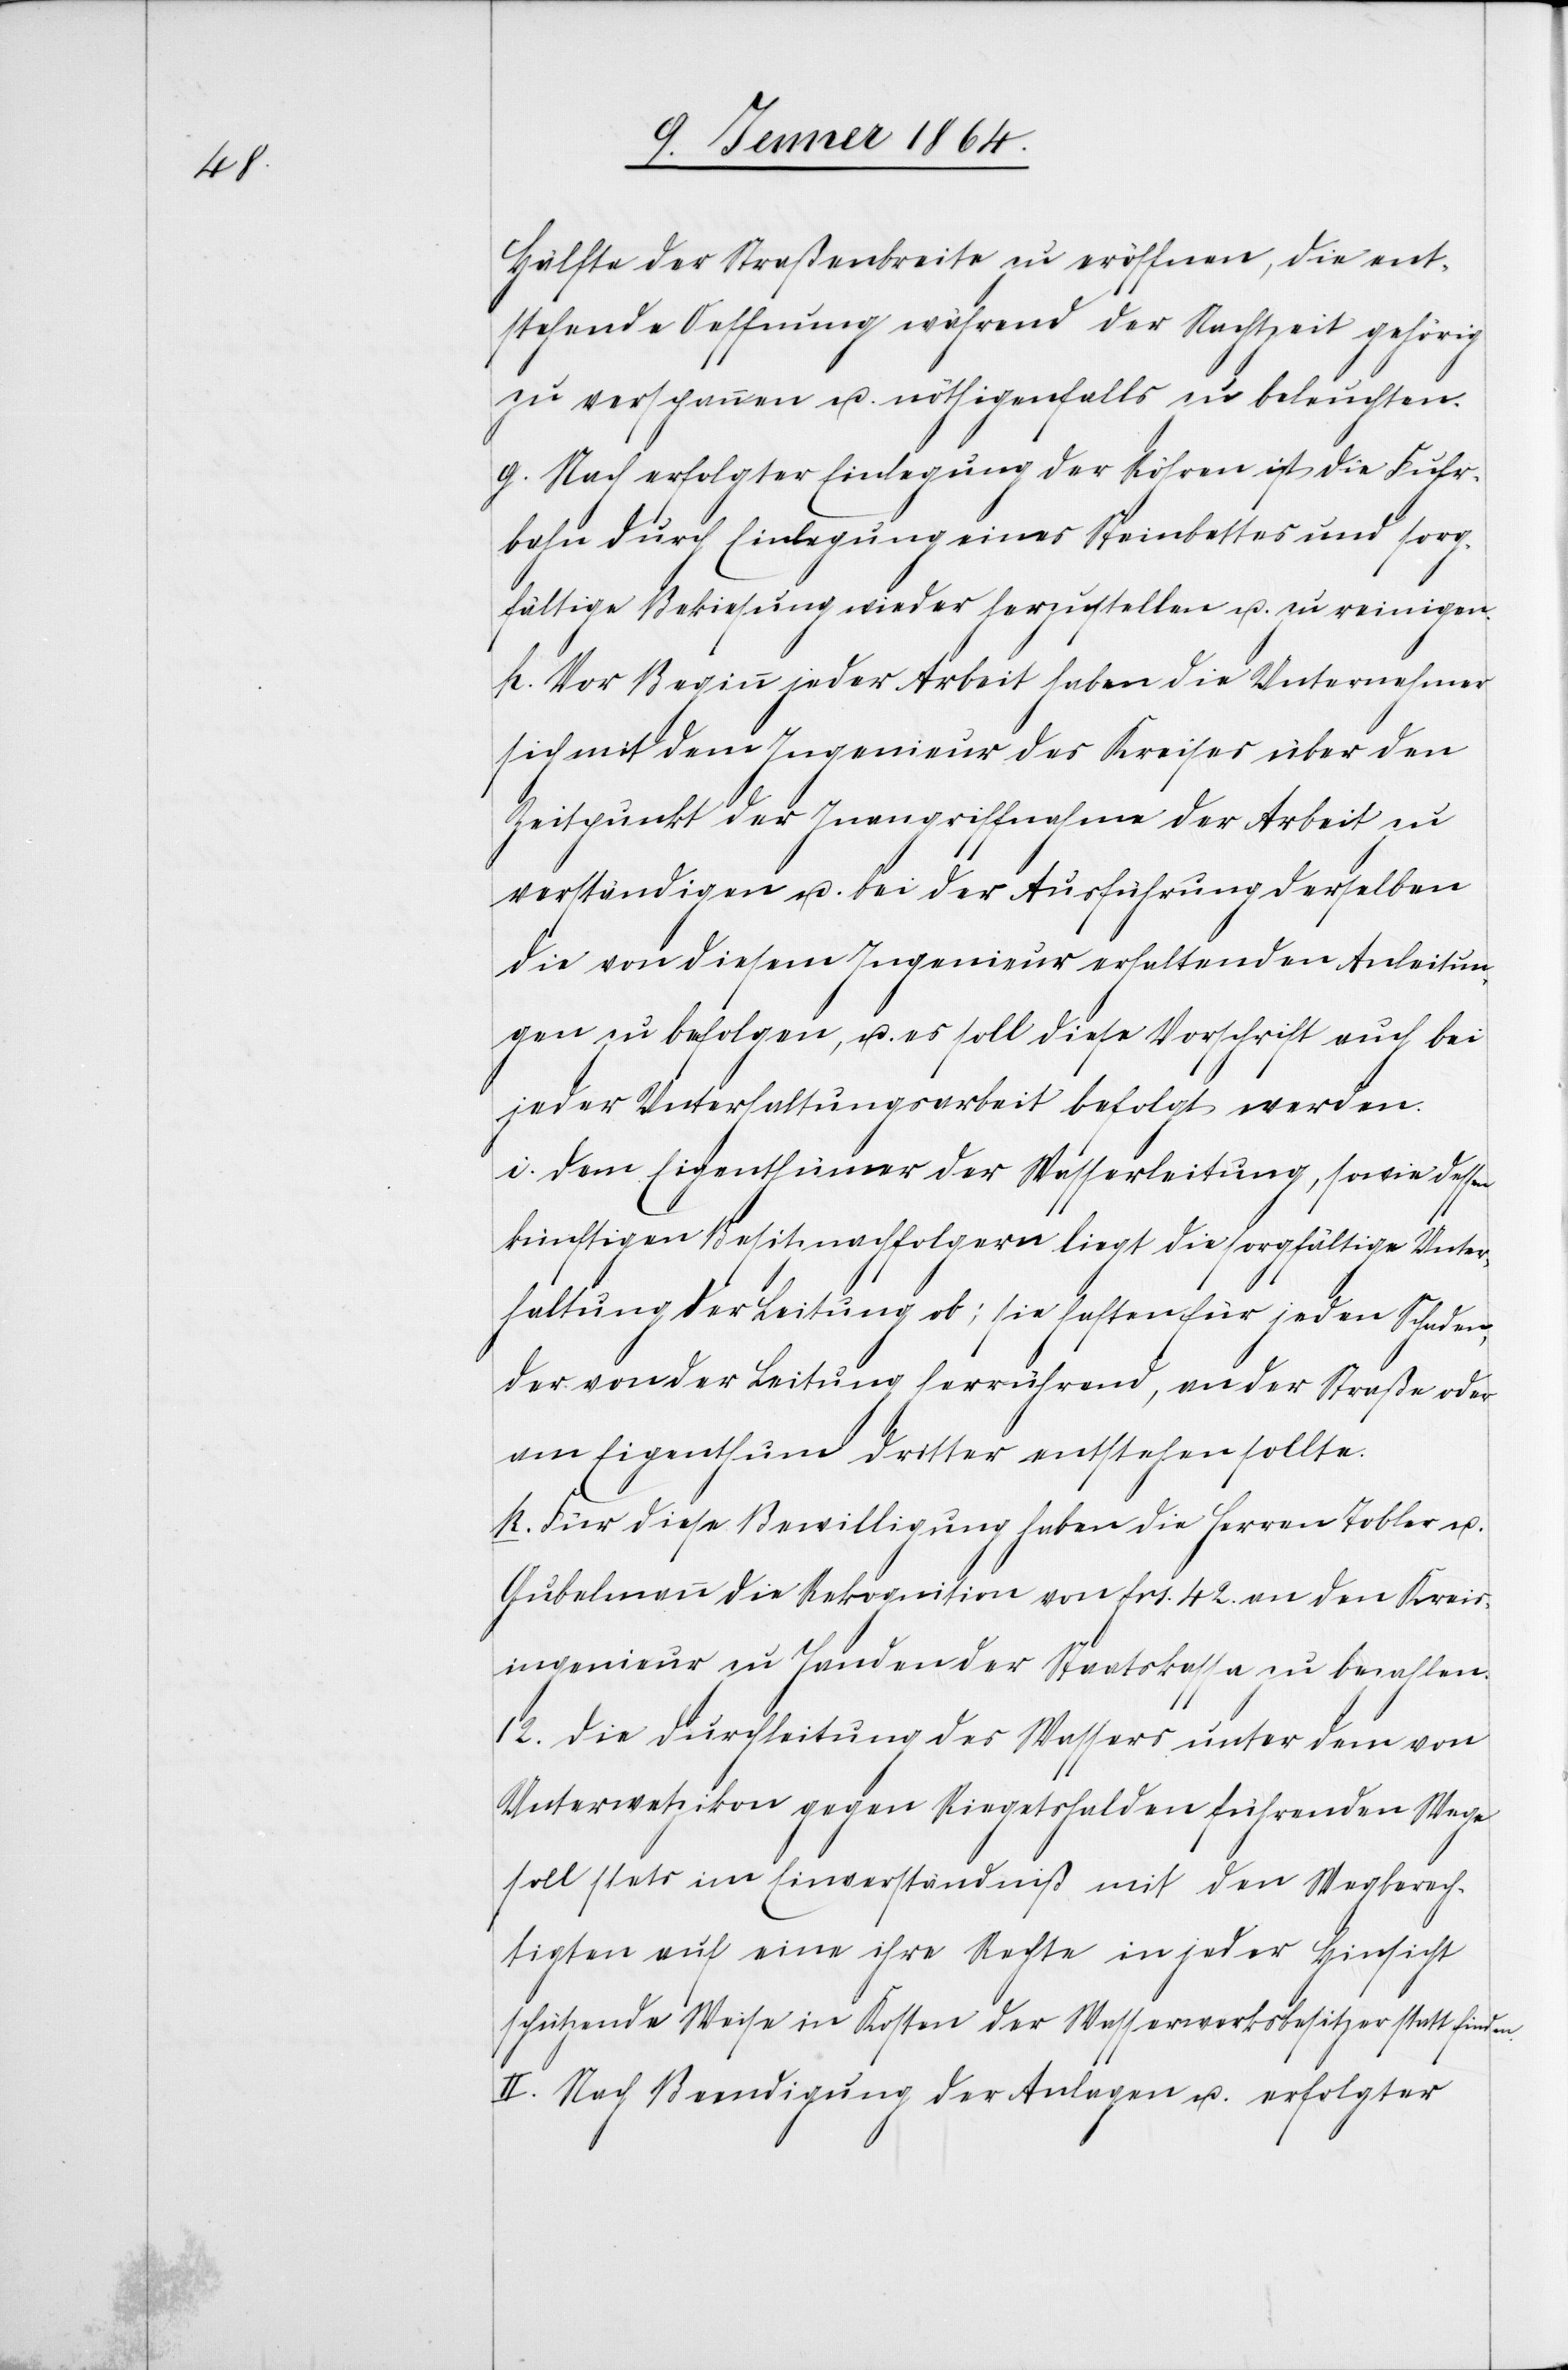
Hälfte der Straßenbreite zu eröffnen, die ent¬
stehende Oeffnung während der Nachtzeit gehörig
zu verspannen u. nöthigenfalls zu beleuchten.
g. Nach erfolgter Einlegung der Röhren ist die Fuhr¬
bahn durch Einlegung eines Steinbettes und sorg¬
fältige Bekiesung wieder herzustellen u. zu reinigen.
h. Vor Beginn jeder Arbeit haben die Unternehmer
sich mit dem Ingenieur des Kreises über den
Zeitpunkt der Inangriffnahme der Arbeit zu
verständigen u. bei der Ausführung derselben
die von diesem Ingenieur erhaltenden Anleitun¬
gen zu befolgen, u. es soll diese Vorschrift auch bei
jeder Unterhaltungsarbeit befolgt werden.
i. Dem Eigenthümer der Wasserleitung, sowie dessen
künftigen Besitznachfolgern liegt die sorgfältige Unter¬
haltung der Leitung ob; sie haften für jeden Schaden,
der von der Leitung herrührend, an der Straße oder
am Eigenthum Dritter entstehen sollte.
k. Für diese Bewilligung haben die Herren Tobler u.
Gubelmann die Rekognition von frs. 42. an den Kreis¬
ingenieur zu Handen der Staatskasse zu bezahlen.
12.) Die Durchleitung des Wassers unter dem von
Unterwetzikon gegen Riegetshalden führenden Wege
soll stets im Einverständniß mit den Wegberech¬
tigten auf eine ihre Rechte in jeder Hinsicht
schützende Weise in Kosten der Wasserwerksbesitzer statt finden.
II. Nach Beendigung der Anlagen u. erfolgter